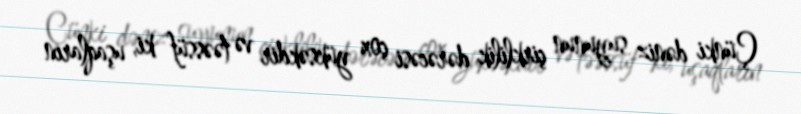
Çünki dəniz suyunun çirklilik dərəcəsi çox yüksəkdir və təəssüf ki, uşaqların